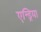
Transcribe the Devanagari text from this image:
एन्ड्रिया